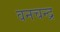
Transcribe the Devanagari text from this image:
वनचन्द्र